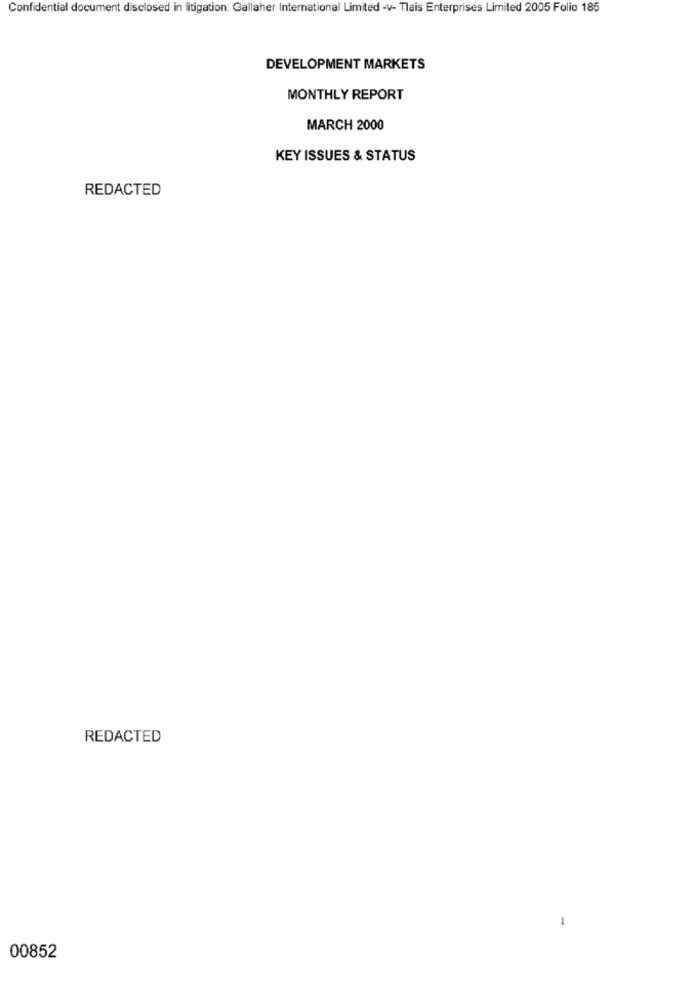
Confidential document disclosed in litigation: Gallaher International Limited -v- Tlais Enterprises Limited 2005 Folio 185
DEVELOPMENT MARKETS
MONTHLY REPORT
MARCH 2000
KEY ISSUES & STATUS
REDACTED
REDACTED
1
00852